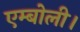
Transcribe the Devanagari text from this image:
एम्बोली।